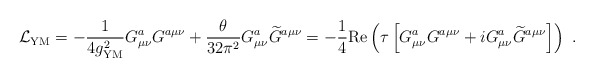
\begin{align*} {\cal L}_{\rm YM}=-{1\over 4 g^2_{\rm YM}} G_{\mu\nu}^a G^{a\mu\nu} +{\theta\over 32\pi^2} G_{\mu\nu}^a{\widetilde G}^{a\mu\nu}= -{1\over 4} {\rm Re}\left( \tau\left[G_{\mu\nu}^a G^{a\mu\nu} +i G_{\mu\nu}^a{\widetilde G}^{a\mu\nu}\right]\right)~.\end{align*}